Report of the King Institute of Preventive Medicine, Guindy
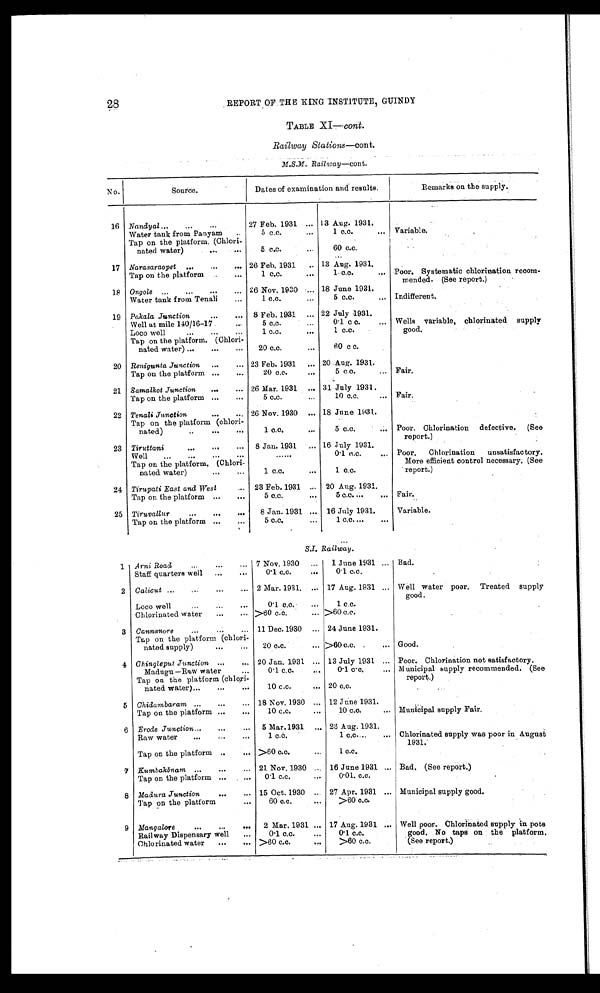
28
REPORT OF THE KING INSTITUTE, GUINDY
TABLE XI
—cont.
Railway Stations— cont.
M.S.M. Railway— cont.
No.
Source.
Remarks on the supply.
Nandyal
27 Feb. 1931
13 Aug. 1931.
Water tank from Panyam
5 c.c.
1 c.c.
Narasaraopet
26 Feb. 1931
13 Aug. 1931.
Tap on the platform
1 c.c.
1 c.c.
Ongole
26 Nov. 1930
18 June 1931.
Water tank from Tenali
1 c.c.
5 c.c.
Indifferent.
Pakala Junction
8 Feb. 1931
22 July 1931.
Well at mile 140/16-17
5 c.c.
0·1 c c.
Loco well
1 c.c.
1 c.c.
Renigunta Junction
23 Feb. 1931
20 Aug. 1931.
Tap on the platform
20 c.c.
5 c.c. Fair.
Samalkot Junction
26 Mar. 1931
31 July 1931
Tap on the platform
5 c.c.
10 c.c.
Fair.
Tenali Junction
26 Nov. 1930
18 June 1931.
Tiruttani
8 Jan. 1931
16 July 1931.
Well
0·1 c.c
Poor.Chlorination nsatisfactory.
Tirupati East and West
23 Feb. 1931
20 Aug. 1931.
Tap on the platform
5 c.c.
5 c.c.
Fair.
Tiruvallur
8 Jan. 1931
16 July 1931.
Variable.
Tap on the platform
5 c.c.
1 c . c .
S . I . R a i l w a y .
Arni Road
7 Nov. 1930
1 June 1931
Bad.
Staff quarters well
0·1 c.c.
0·1 c.c.
Calicut
2 Mar. 1931.
17 Aug. 1931
Well water poor. Treated supply
good
Loco well
0·1 c.c.
1 c.c.
.
Chlorinated water
> 60 c.c.
>60 c.c.
Cannanore
11 Dec. 1930
24 June 1931.
Chingleput Junction
20 Jan. 1931
13 July 1931
Poor. Chlorination not satisfactory.
Madugu
—
Raw water
0·1 c.c.
0·1 c·c. Municipal supply recommended. (See
report.)
Chidambaram
18 Nov. 1930
12 June 1931.
Tap on the platform
10 c.c.
10 c.c.
Municipal supply Fair.
Erode Junction
5 Mar. 1931
23 Aug. 1931.
Raw water
1 c.c.
1 c.c.
Chlorinated supply was poor in August
1931.
Tap on the platform
> 60 c.c.
1 c.c.
Kumbakōnam 21 Nov. 1930
16 June 1931
Bad. (See report.)
Tap on the platform
0·1 c.c.
0·01. c.c.
Madura Junction
15 Oct. 1930
27 Apr. 1931
Municipal supply good.
Tap on the platform
60 c.c.
> 60 c.c.
Mangalore
2 Mar. 1931
17 Aug. 1931
Railway Dispensary well
0·1 c.c.
0·1 c.c.
Chlorinated water
> 60 c.c.
> 60 c.c.